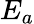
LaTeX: E_{a}